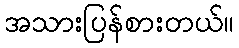
အသားပြန်စားတယ်။